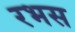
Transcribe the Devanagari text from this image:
रभस